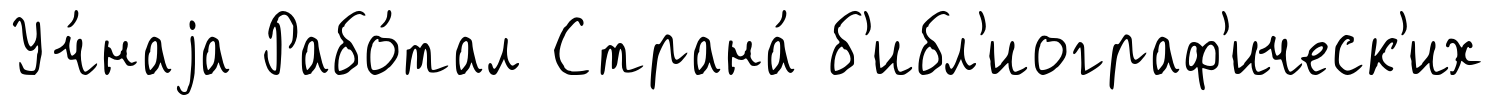
Уч́наjа Рабо́тал Страна́ б'ибл'иограф'ическ'их